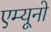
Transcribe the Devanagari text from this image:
एम्यूनो